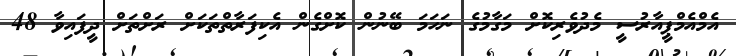
އެމްއެމްޕީއާރުސީ މެދުވެރިކޮށް މަގާމުގެ ނަހަމަ ބޭނުން ކޮށްގެން އެކިފަރާތްތަކަށް ރަށްތަށް ދީފައިވާ 48